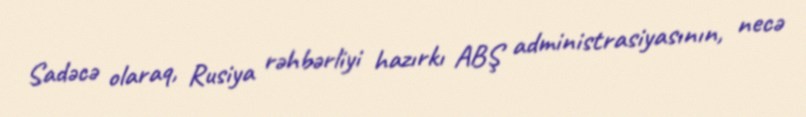
Sadəcə olaraq, Rusiya rəhbərliyi hazırkı ABŞ administrasiyasının, necə